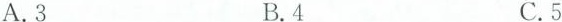
A.3 B.4 C.5